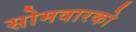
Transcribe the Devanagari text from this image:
सोमवारको